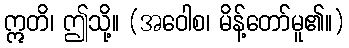
ဣတိ၊ ဤသို့။ (အဝေါစ၊ မိန့်တော်မူ၏။)